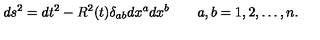
d s ^ { 2 } = d t ^ { 2 } - R ^ { 2 } ( t ) \delta _ { a b } d x ^ { a } d x ^ { b } \quad \quad a , b = 1 , 2 , \dots , n .